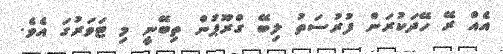
އެއް ރޭ ހޭދަކުރަން ފުރުސަތު ލިބޭ ގްރޫޕުން ތިބޭނީ މި ޓަވަރުގަ އެވެ.